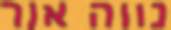
נווה אור